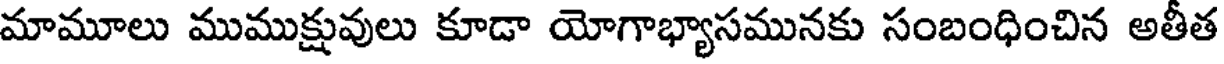
మామూలు ముముక్షువులు కూడా యోగాభ్యాసమునకు సంబంధించిన అతీత